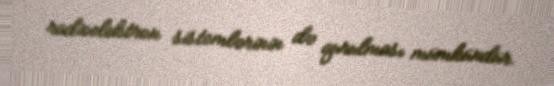
radioelektron sistemlərinin də qurulması mümkündür.